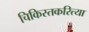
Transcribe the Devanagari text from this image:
चिकिस्तकरित्या